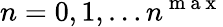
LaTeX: n=0,1,\ldots n^{\mathrm{~m~a~x~}}